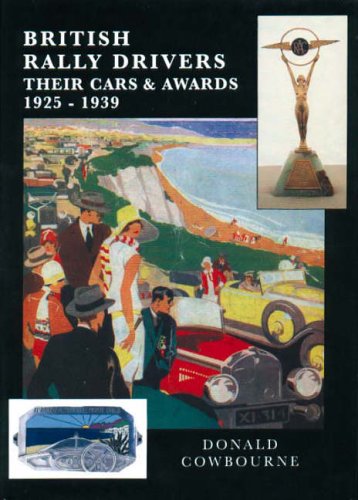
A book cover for British Rally Drivers: Their Cars and Awards 1925-1939; D. Cowbourne; Sports & Outdoors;